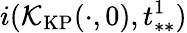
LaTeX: i(\mathcal{K}_{\mathrm{KP}}(\cdot,0),t_{**}^{1})